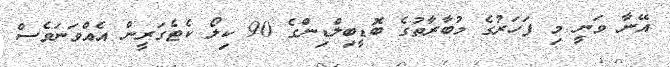
އޭނާ ވަނީ މި ފަހަރުގެ މުބާރާތުގެ ބޮޑީބިލްޑިންގެ 90 ކިލޯ ކެޓެގަރީން އެއްވަނަވެސް